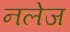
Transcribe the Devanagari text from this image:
नलेज